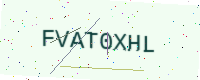
Text: FVAT0XHL